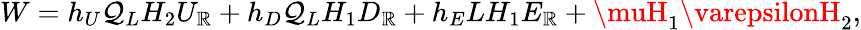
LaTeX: W=h_{U}\mathcal{Q}_{L}H_{2}U_{\mathbb{R}}+h_{D}\mathcal{Q}_{L}H_{1}D_{\mathbb{R}}+h_{E}LH_{1}E_{\mathbb{R}}+\muH_{1}\varepsilonH_{2},